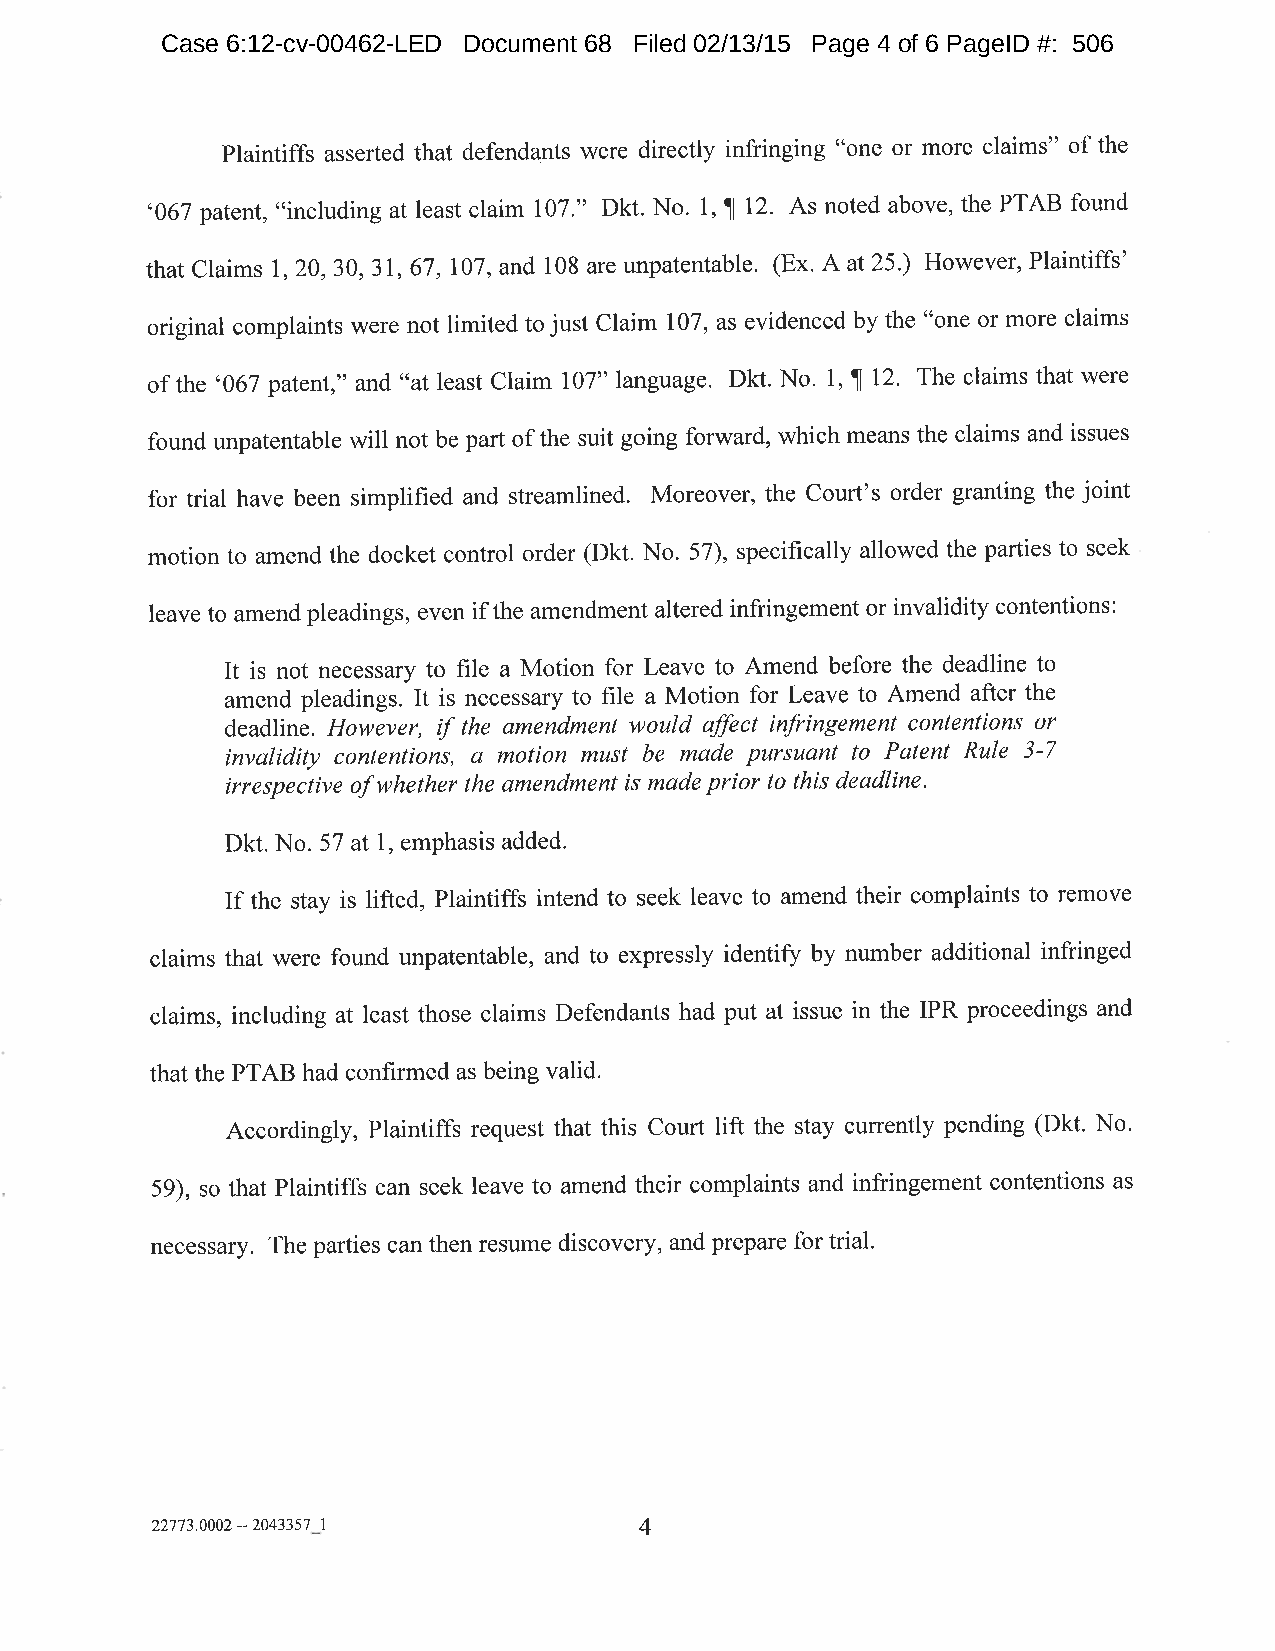
Case 6:12-cv-00462-LED Document 68 Filed 02/13/15 Page 4 of 6 PageID #: 506
 Plaintiffs asserted that defendants were directly infringing "one or more claims" of the
 '067 pafent, "including at least claim 107." Dkt. No. 1, fl 12. As noted above, the PTAB found
 that Claim s I,20,30, 31, 67, 107, and 108 are unpatentable. (Ex. A at25.) However, Plaintiffs'
 original complaints were not limited to just Claim 107, as evidenced by the "one or more claims
 of the '067 patent," artd "at least Claim l07" language. Dkt. No. 1, fl 12. The claims that were
 found unpatentable will not be part of the suit going forward, which means the claims and issues
 for trial have been simplified and streamlined. Moreover, the Court's order granting the joint
 motion to amend the docket control order (Dkt. No. 57), specifically allowed the parties to seek
 leave to amend pleadings, even if the amendment altered infringement or invalidity contentions:
 It is not necessary to file a Motion for Leave to Amend before the deadline to
 amend pleadings. It is necessary to file a Motion for Leave to Amend after the
 deadline. However, tf the amendment would affect infringement contentions or
 invalidity contentions, a motion must be made pursuant to Patent Rule 3-7
 irrespective of whether the qmendment is møde prior to this deadline.
 Dkt. No. 57 at l, emphasis added.
 If the stay is lifted, Plaintiffs intend to seek leave to amend their complaints to remove
 claims that were found unpatentable, and to expressly identify by number additional infringed
 claims, including at least those claims Defendants had put at issue in the IPR proceedings and
 that the PTAB had confirmed as being valid.
 Accordingly, Plaintifß request that this Court lift the stay currently pending (Dkt. No'
 59), so that Plaintiffs can seek leave to amend their complaints and infringement contentions as
 necessary. The parties can then lesume discovery, and prepare for trial.
 22773.0002--2043357 1           4